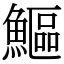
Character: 鰸